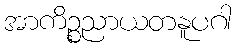
အာကိဉ္စညာယတနူပဂါ